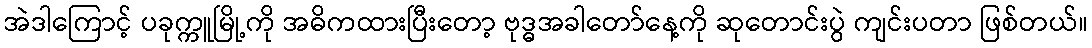
အဲဒါကြောင့် ပခုက္ကူမြို့ကို အဓိကထားပြီးတော့ ဗုဒ္ဓအခါတော်နေ့ကို ဆုတောင်းပွဲ ကျင်းပတာ ဖြစ်တယ်။